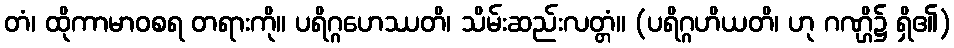
တံ၊ ထိုကာမာဝစရ တရားကို။ ပရိဂ္ဂဟေဿတိ၊ သိမ်းဆည်းလတ္တံ။ (ပရိဂ္ဂဟိယတိ၊ ဟု ဂဏ္ဌိ၌ ရှိ၏)